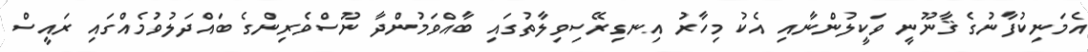
އެމަނިކުފާނުގެ ޤާނޫނީ ވަކީލުންނާއި އެކު މިހާރު އިނގިރޭސިވިލާތުގައި ބާއްވަމުންދާ ނޫސްވެރިންގެ ބައްދަލުވުމެއްގައި ރައީސް